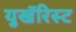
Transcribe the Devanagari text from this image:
युखॅरिस्ट